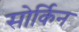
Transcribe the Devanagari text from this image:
सोर्किन